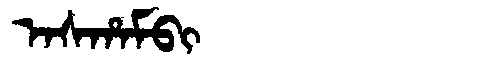
Manchu: ᠠᠰᡥᠠᠮᠪᡳ
Romanization: ASHAMBI